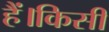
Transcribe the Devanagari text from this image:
हैं।किसी